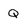
Character: Q